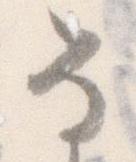
な